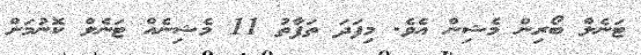
ޓަނެލް ބޯރިން މެޝިން އެވެ. މިފަދަ ތަފާތު 11 މެޝިނެއް ޓަނެލް ކޮނުމަށް